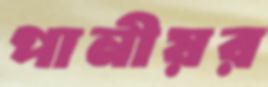
পানীয়র